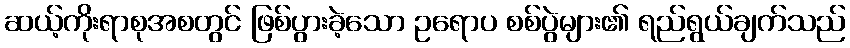
ဆယ့်ကိုးရာစုအစတွင် ဖြစ်ပွားခဲ့သော ဥရောပ စစ်ပွဲများ၏ ရည်ရွယ်ချက်သည်